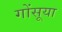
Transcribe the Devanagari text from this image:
गोंसूया